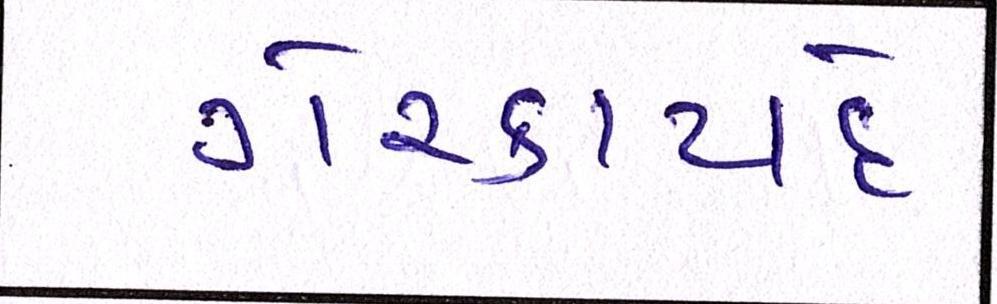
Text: ગેરકાયદે